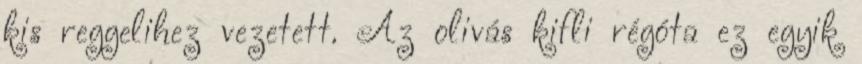
kis reggelihez vezetett. Az olivás kifli régóta ez egyik